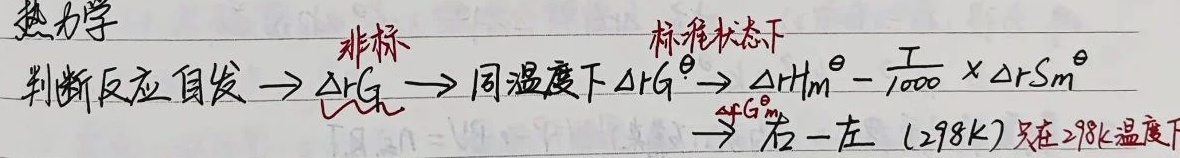
热力学判断反应自发 $\rightarrow \Delta_{r}G_{m} \rightarrow$ 同温度下 $\Delta_{r}G_{m}^{\theta} \rightarrow \Delta_{r}H_{m}^{\theta}-\frac{T}{1000} \times \Delta_{r}S_{m}^{\theta} \rightarrow \Delta_{f}G_{m}^{\theta}$右$-$左 ($298$K) 只在$> 298$K温度下标准状态下非标